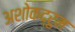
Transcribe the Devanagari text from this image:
अशोकद्रुम